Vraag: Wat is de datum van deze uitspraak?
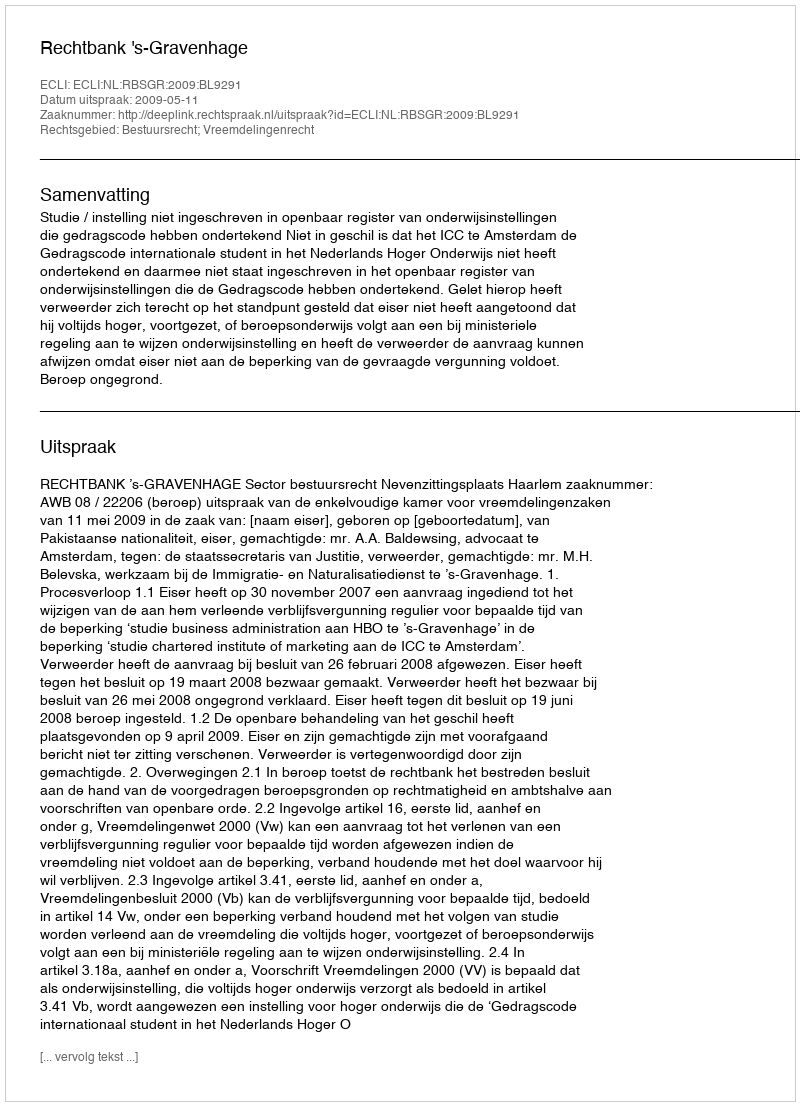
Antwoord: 2009-05-11